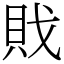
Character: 戝